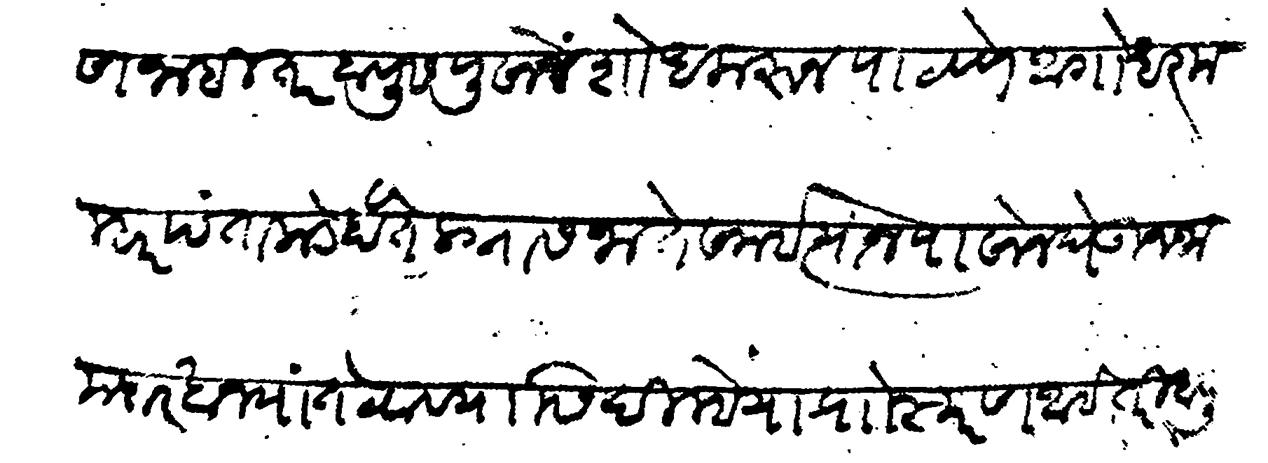
Transliteration (Devanagari): स्मरण नाही तर बापूस पुसोन शोध करून पाटवणे अगोधर मल्हार पंताकडे होते लग्नास जाते समई त्याज पासोन घेऊन जामदारखान्यात टेवावयासी दिल्हे या प्राो स्मरण आहे तरी बापूसही